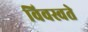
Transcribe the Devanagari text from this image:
विवस्वते